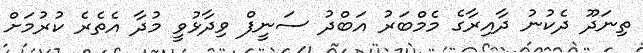
ތިނަދޫ ދެކުނު ދާއިރާގެ މެމްބަރު އަބްދު ސަނީފް ވިދާޅުވީ މުދާ އެތެރެ ކުރުމަށް